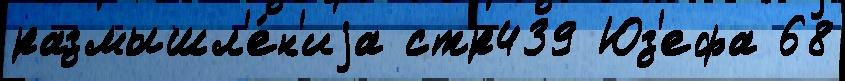
размышл'е́н'иjа стр439 Юз'ефа 68